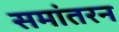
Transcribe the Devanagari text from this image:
समांतरन